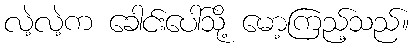
လဲ့လဲ့က ခေါင်းပေါ်သို့ မော့ကြည့်သည်။